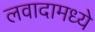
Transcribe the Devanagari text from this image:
लवादामध्ये